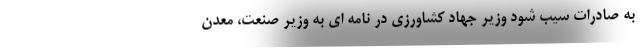
به صادرات سیب شود وزیر جهاد کشاورزی در نامه ای به وزیر صنعت، معدن